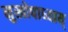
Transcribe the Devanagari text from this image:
मुखोपाध्याय्